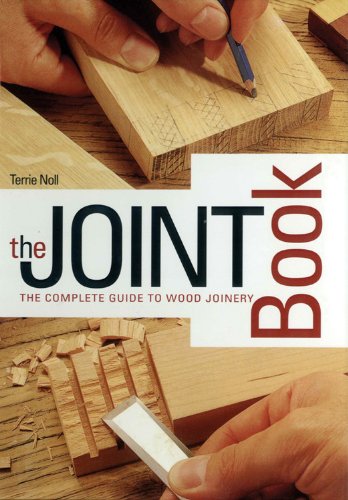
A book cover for Joint Book: The Complete Guide to Wood Joinery; Terrie Noll; Crafts, Hobbies & Home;